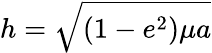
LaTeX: h={\sqrt{\left(1-e^{2}\right)\mu a}}